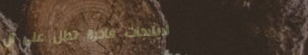
لابلاجات فاخرة تطل على ال